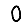
Digit: 0